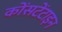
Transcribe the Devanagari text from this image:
कोंसटेंटाइन